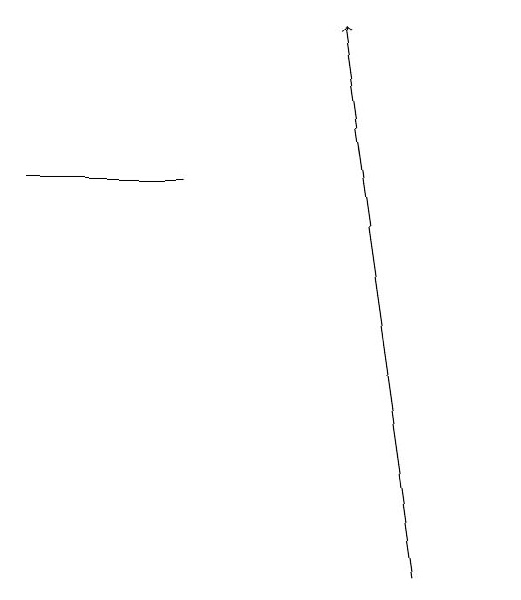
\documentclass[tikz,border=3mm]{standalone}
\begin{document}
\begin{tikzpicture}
\draw[->] (5,12) -- (4,19);
\draw (6,12) rectangle (6,12);
\draw (0,17) rectangle (2,17);
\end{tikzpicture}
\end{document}